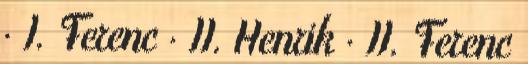
· I. Ferenc · II. Henrik · II. Ferenc